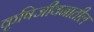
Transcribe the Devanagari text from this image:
कृषिजीवनातील